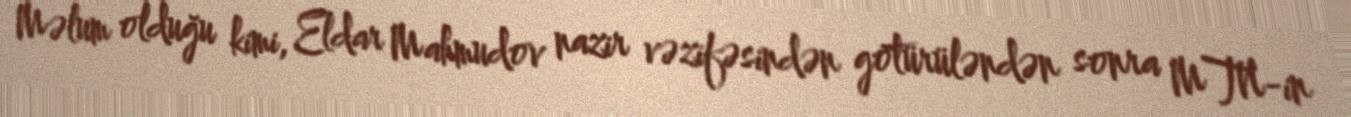
Məlum olduğu kimi, Eldar Mahmudov nazir vəzifəsindən götürüləndən sonra MTN-in